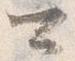
可